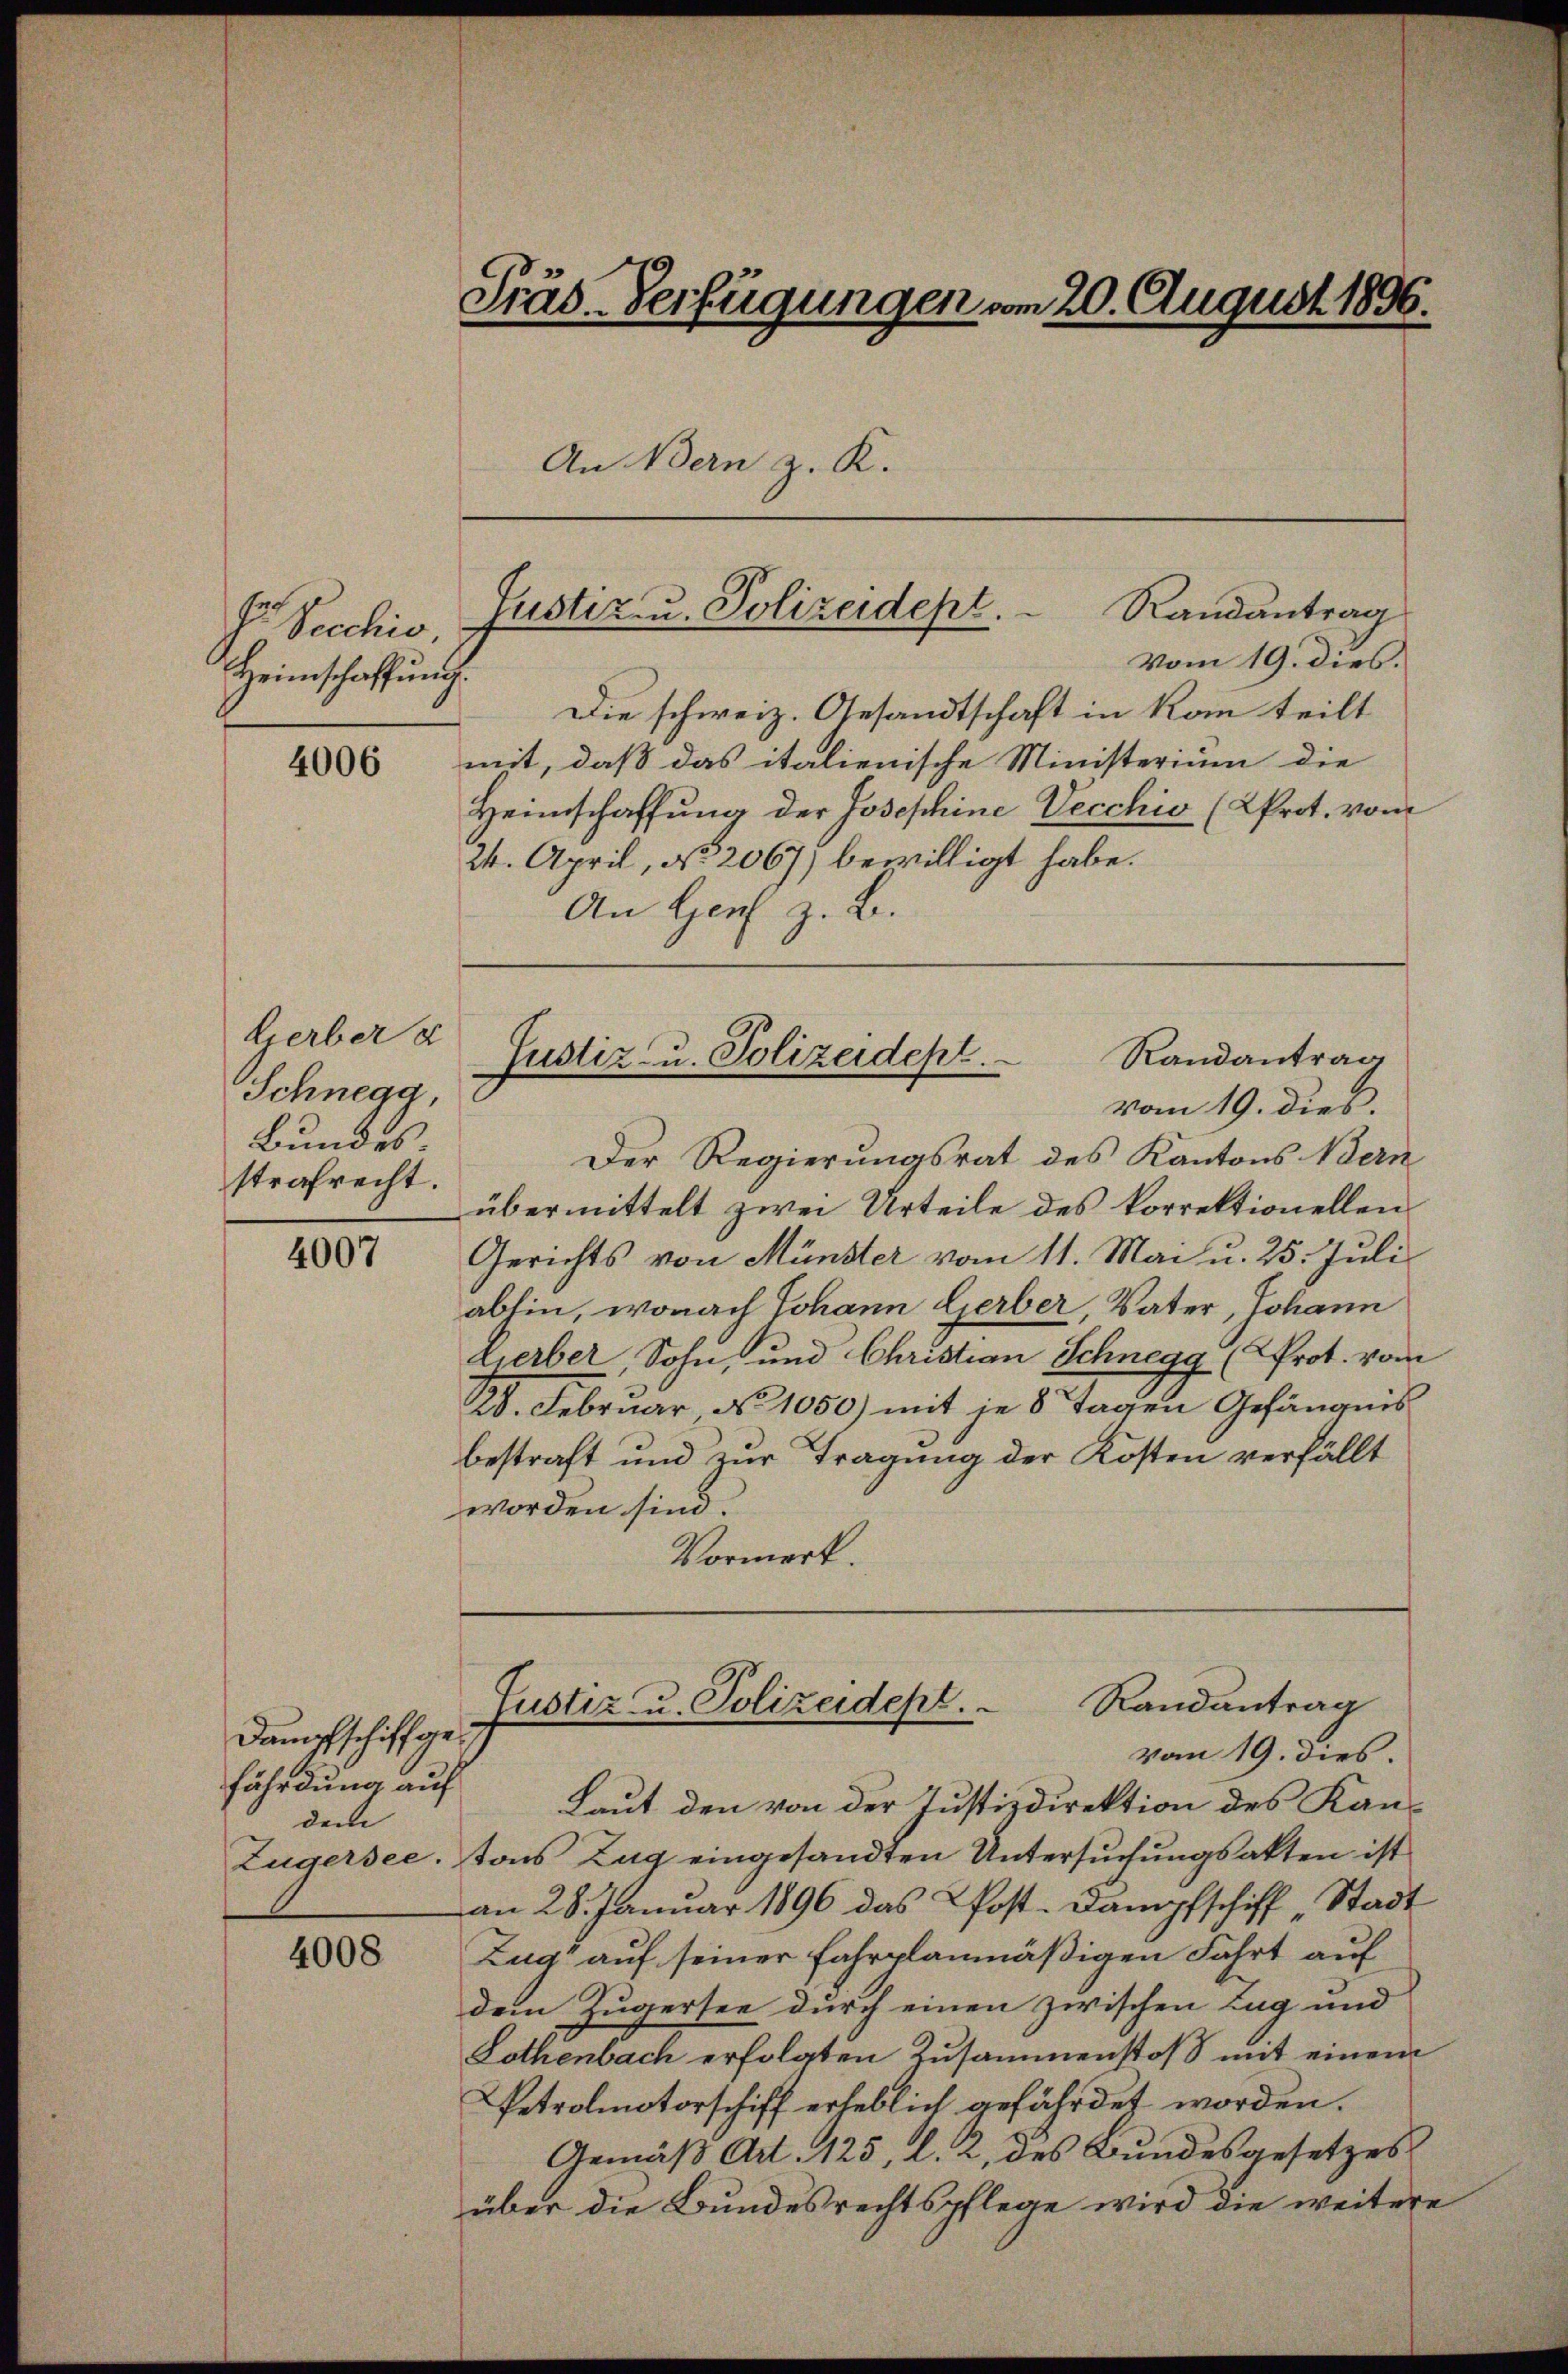
sr Secchio,
Heimschaffung.

4006

Gerber d
Schnegg,
Bundes
strafrecht.

4007

Dampfschiffgefährdung auf
dem

4008

Präs. Verfügungen vom 20. August 1896.
An Bern z. K.

vom 19. dies.
Die schweiz. Gesandtschaft in kan teilt
mit, daß das italienische Ministerium die
Heimschaffung der Josephine Vecchio (Prot. vom
24. April, No. 2067) bewilligt habe.
An Herz z. B.

vom 19. dies.
Der Regierungsrat des Kantons Bern
übermittelt zwei Urteile des korrektionellen
Gerichts von Münster vom 11. Mai u. 25. Juli
abhin, wonach Johann Gerber, Vater, Johann
Lierber, Sohn, und Christian Schnegg (Prot. vom
228. Februar No 1050) mit je 8 Tagen Gefängnis
bestraft und zur Tragung der Kosten verfällt
worden sind.
Vormerk.
Justiz u. Polizeidept. Randantrag
vom 19. dies.
Laut den von der Justizdirektion des Kan¬
Zugersee, tons Zug eingesandten Untersuchungsakten ist
an 28. Januar 1896 das Pfost. Dampfschiff „Stadt
Zug auf seiner fahrplanmäßigen Fahrt auf
dem Zugersee durch einen zwischen Lug und
Lothenbach erfolgten Zusammenstoß mit einem
Petrolmotorschiff erheblich gefährdet worden.
Gemäß Art. 125, l. 2, des Bundesgesetzes
über die Bundesrechtspflege wird die weitere

Justiz u. Polizeidept. Randantrag

Randantrag
Justiz- u. Polizeidept.